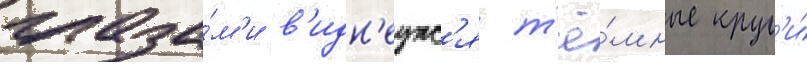
глаза́м'и в'идн'еутс'я т'ё́мные круг'и́